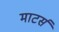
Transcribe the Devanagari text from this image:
माटर्स